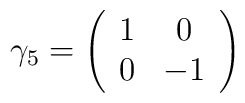
\gamma_5=\left ( \begin{array}{cc}1&0\\0&-1\end{array} \right )